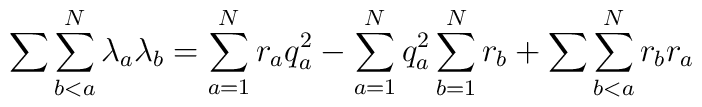
\sum\sum_{b<a}^N \lambda_a \lambda_b=\sum_{a=1}^N r_aq_a^2-\sum_{a=1}^N q_a^2 \sum_{b=1}^N r_b+\sum\sum_{b<a}^N r_br_a